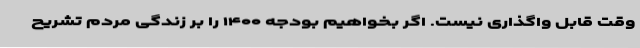
وقت قابل واگذاری نیست. اگر بخواهیم بودجه ۱۴۰۰ را بر زندگی مردم تشریح